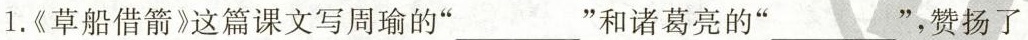
1.《草船借箭》这篇课文写周瑜的””和诸葛亮的” ”，赞扬了